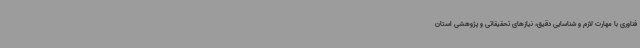
فناوری با مهارت لازم و شناسایی دقیق، نیازهای تحقیقاتی و پژوهشی استان